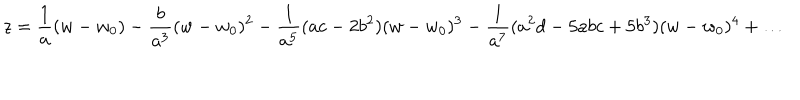
z = \frac { 1 } { a } ( w - w _ { 0 } ) - \frac { b } { a ^ { 3 } } ( w - w _ { 0 } ) ^ { 2 } - \frac { 1 } { a ^ { 5 } } ( a c - 2 b ^ { 2 } ) ( w - w _ { 0 } ) ^ { 3 } - \frac { 1 } { a ^ { 7 } } ( a ^ { 2 } d - 5 a b c + 5 b ^ { 3 } ) ( w - w _ { 0 } ) ^ { 4 } + \ldots